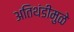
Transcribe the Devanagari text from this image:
अतिथंडीमुळे